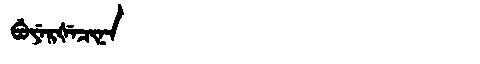
Manchu: ᠪᡠᠶᡝᡵᡧᡝᠴᡳᠨᠠ
Romanization: BUYERŠECINA